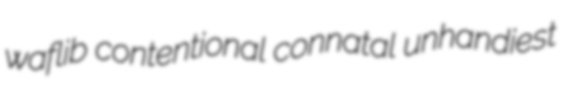
waflib contentional connatal unhandiest